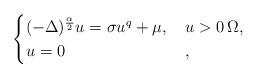
LaTeX: \begin{align*}\begin{cases}(-\Delta)^{\frac{\alpha}{2}} u =\sigma u^q + \mu, \, & u>0 \, \Omega, \\u = 0 & ,\end{cases} \end{align*}